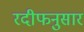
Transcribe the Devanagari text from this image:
रदीफनुसार